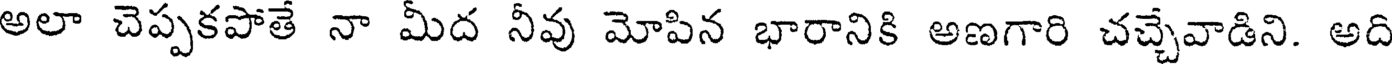
అలా చెప్పకపోతే నా మీద నీవు మోపిన భారానికి అణగారి చచ్చేవాడిని. అది